Lunatic asylums in Bengal annual reports 1899-1911 - 1899-1911
Year: 1899
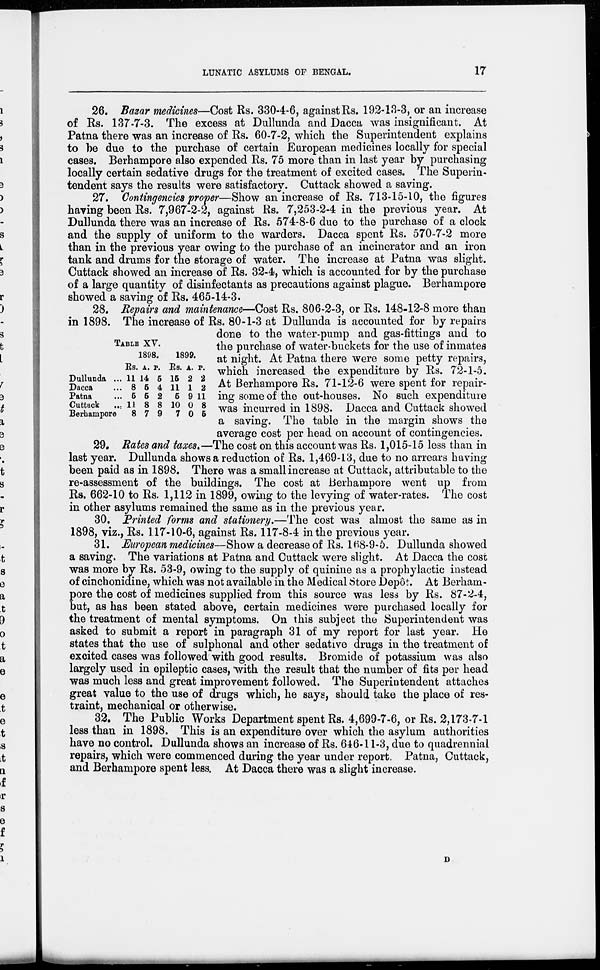
LUNATIC ASYLUMS OF BENGAL.
17
26. Bazar medicines—Cost Rs. 330-4-6, against Rs. 192-13-3, or an increase
of Rs. 137-7-3. The excess at Dullunda and Dacca was insignificant. At
Patna there was an increase of Rs. 60-7-2, which the Superintendent explains
to be due to the purchase of certain European medicines locally for special
cases. Berhampore also expended Rs. 75 more than in last year by purchasing
locally certain sedative drugs for the treatment of excited cases. The Superin-
tendent says the results were satisfactory. Cuttack showed a saving.
27. Contingencies proper—Show an increase of Rs. 713-15-10, the figures
having been Rs. 7,967-2-2, against Rs. 7,253-2-4 in the previous year. At
Dullunda there was an increase of Rs. 574-8-6 due to the purchase of a clock
and the supply of uniform to the warders. Dacca spent Rs. 570-7-2 more
than in the previous year owing to the purchase of an incinerator and an iron
tank and drums for the storage of water. The increase at Patna was slight.
Cuttack showed an increase of Rs. 32-4, which is accounted for by the purchase
of a large quantity of disinfectants as precautions against plague. Berhampore
showed a saving of Rs. 465-14-3.
TABLE XV.
Dullunda ...
Dacca ...
Patna ...
Cuttack
...
Berhampore
1898.
Rs.
11
8
5
11
8
A.
14
5
5
8
7
P.
5
4
2
8
9
1899.
Rs.
15
11
5
10
7
A.
2
1
9
0
0
P.
2
2
11
8
5
28. Repairs and maintenance—Cost Rs. 806-2-3, or Rs. 148-12-8 more than
in 1898. The increase of Rs. 80-1-3 at Dullunda is accounted for by repairs
done to the water-pump and gas-fittings and to
the purchase of water-buckets for the use of inmates
at night. At Patna there were some petty repairs,
which increased the expenditure by Rs. 72-1-5.
At Berhampore Rs. 71-12-6 were spent for repair-
ing some of the out-houses. No such expenditure
was incurred in 1898. Dacca and Cuttack showed
a saving. The table in the margin shows the
average cost per head on account of contingencies.
29. Rates and taxes.—The cost on this account was Rs. 1,015-15 less than in
last year. Dullunda shows a reduction of Rs. 1,469-13, due to no arrears having
been paid as in 1898. There was a small increase at Cuttack, attributable to the
re-assessment of the buildings. The cost at Berhampore went up from
Rs. 662-10 to Rs. 1,112 in 1899, owing to the levying of water-rates. The cost
in other asylums remained the same as in the previous year.
30. Printed forms and stationery.—The cost was almost the same as in
1898, viz., Rs. 117-10-6, against Rs. 117-8-4 in the previous year.
31. European medicines—Show a decrease of Rs. 168-9-5. Dullunda showed
a saving. The variations at Patna and Cuttack were slight. At Dacca the cost
was more by Rs. 53-9, owing to the supply of quinine as a prophylactic instead
of cinchonidine, which was not available in the Medical Store Depôt. At Berham-
pore the cost of medicines supplied from this source was less by Rs. 87-2-4,
but, as has been stated above, certain medicines were purchased locally for
the treatment of mental symptoms. On this subject the Superintendent was
asked to submit a report in paragraph 31 of my report for last year. He
states that the use of sulphonal and other sedative drugs in the treatment of
excited cases was followed with good results. Bromide of potassium was also
largely used in epileptic cases, with the result that the number of fits per head
was much less and great improvement followed. The Superintendent attaches
great value to the use of drugs which, he says, should take the place of res-
traint, mechanical or otherwise.
32. The Public Works Department spent Rs. 4,699-7-6, or Rs. 2,173-7-1
less than in 1898. This is an expenditure over which the asylum authorities
have no control. Dullunda shows an increase of Rs. 646-11-3, due to quadrennial
repairs, which were commenced during the year under report. Patna, Cuttack,
and Berhampore spent less. At Dacca there was a slight increase.
D